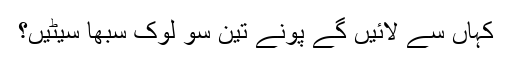
کہاں سے لائیں گے پونے تین سو لوک سبھا سیٹیں؟